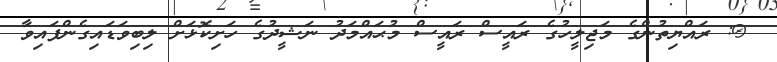
@: ރައްޔިތުންގެ މަޖިލީހުގެ ރައީސް ރައީސް މުޙައްމަދު ނަޝީދުގެ ހަށިކޮޅަށް ލިބިވަޑައިގެންފައިވާ